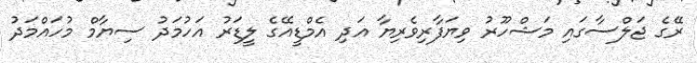
ރޭގެ ޖަލްސާގައި މަޝްހޫރު ވިޔަފާރިވެރިޔާ އަދި އެމްޑީއޭގެ ލީޑަރު އަހުމަދު ސިޔާމް މުހައްމަދު